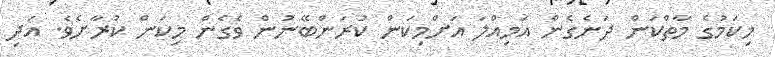
މިކަމުގެ މާތްކަން ދަނެގެން އަމިއްލަ އަށްމިކަން ކުރަންބޭނުން ވެގެން މިކަން ކުރާށެވެ. އަދި